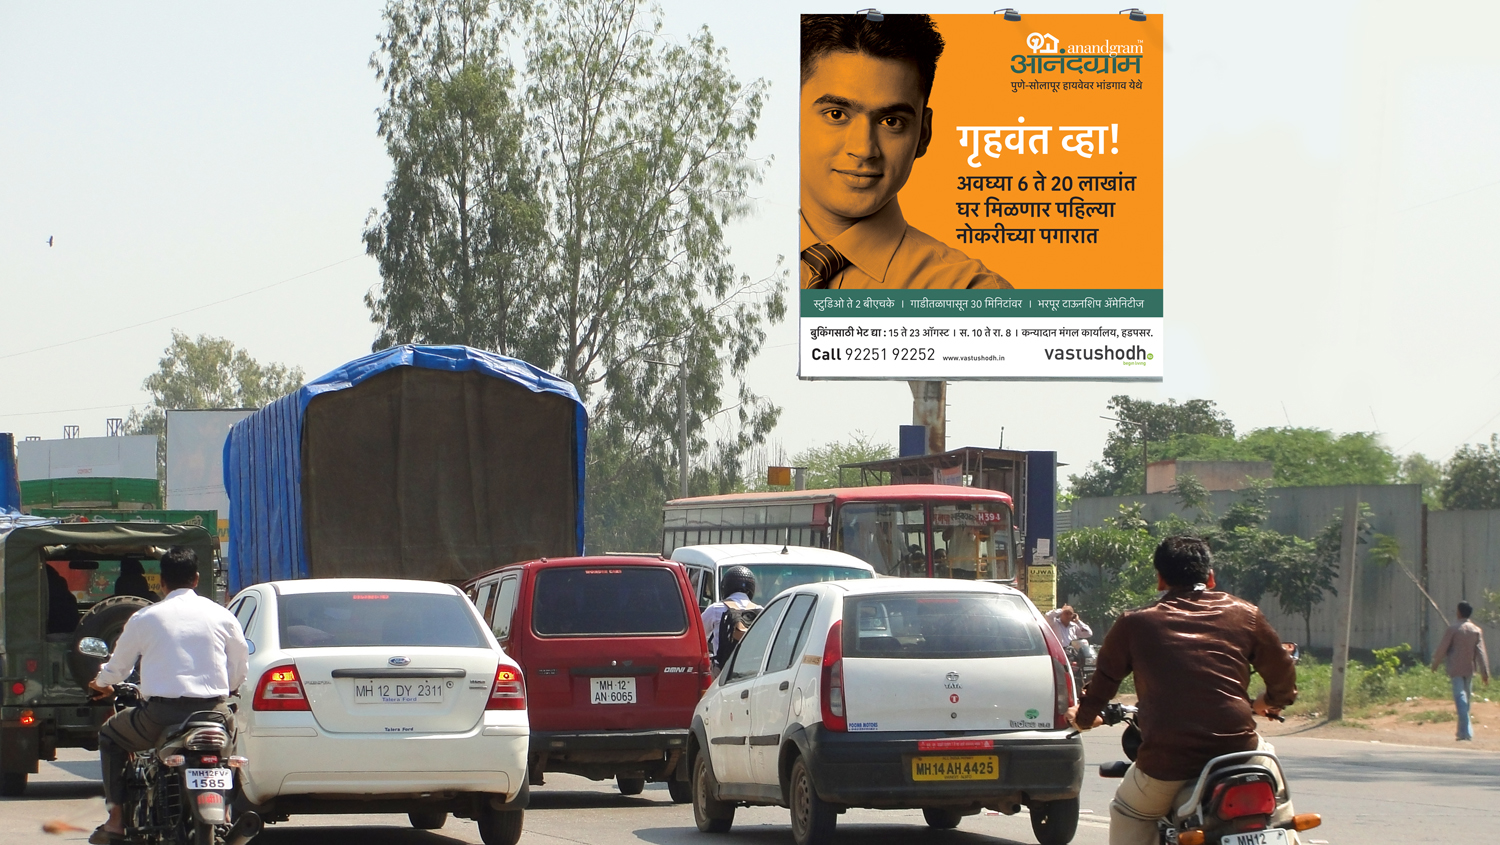
Language: marathi
Transcription: आनंदग्राम पुणे-सोलापूर हायवेवर व्हा! अवघ्या ६ ते २० लाखांत घर पहिल्या पगारात स्टुडिओ भरपूर अँमेनिटीज बुकिंगसाठी कन्यादान कार्यालय टाऊनशिप मिनिटांवर भेट येथे बीएचके मिळणार भांडगाव मंगल गाडीतळापासून हडपसर नोकरीच्या गृहवंत